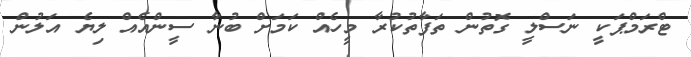
ޓްރަމްޕަކީ ނަސްލީ ގޮތުން ތަފާތުކުރާ މީހެއް ކަމަށް ބުނާ ސީންއެއް ލިޔެ އަލުން